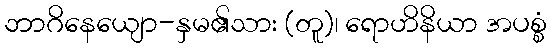
ဘာဂိနေယျော-နှမ၏သား (တူ)၊ ရောဟိနိယာ အပစ္စံ